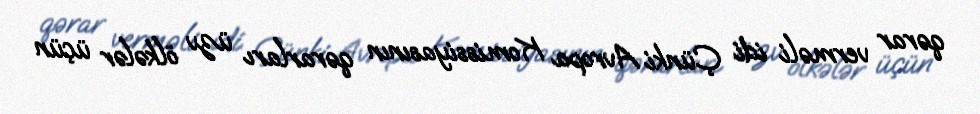
qərar verməli idi. Çünki Avropa Komissiyasının qərarları üzv ölkələr üçün